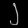
Digit: ၂